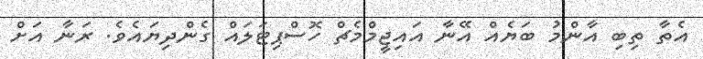
އެތާ ތިބި އާންމު ބަޔެއް އޭނާ އައިޖީމްމެޗް ހޮސްޕިޓަލައް ގެންދިޔައެވެ. ރަނާ އަށް